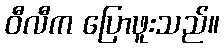
ဝီလီက ပြောဖူးသည်။